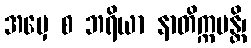
အမှေ စ ဘရိယာ နာတိက္ကမန္တိ၊